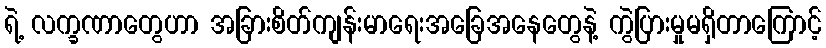
ရဲ့ လက္ခဏာတွေဟာ အခြားစိတ်ကျန်းမာရေးအခြေအနေတွေနဲ့ ကွဲပြားမှုမရှိတာကြောင့်